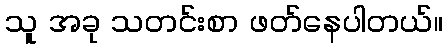
သူ အခု သတင်းစာ ဖတ်နေပါတယ်။